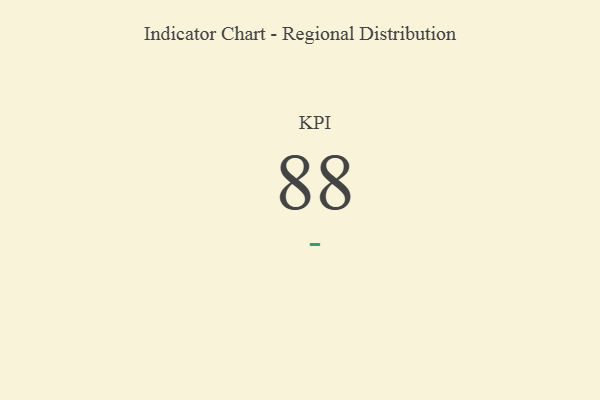
{"axis": {"x": "KPI", "y": "Value"}, "legend": [""], "data": [{"x": "KPI", "y": 88, "type": ""}]}